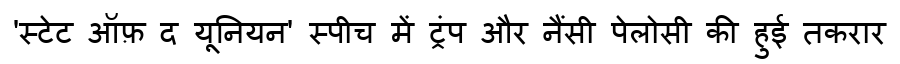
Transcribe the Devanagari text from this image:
'स्टेट ऑफ़ द यूनियन' स्पीच में ट्रंप और नैंसी पेलोसी की हुई तकरार